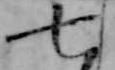
七